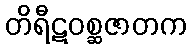
တိရီဋဝစ္ဆဇာတက